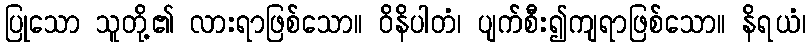
ပြုသော သူတို့၏ လားရာဖြစ်သော။ ဝိနိပါတံ၊ ပျက်စီး၍ကျရာဖြစ်သော။ နိရယံ၊